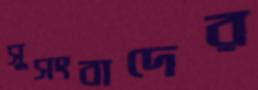
সুসংবাদের